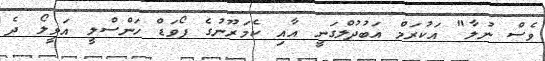
ވެސް ނުލާ" އަކުރަމް އަބުދުލްގަނީ އާއި ކެމަރޫނުގެ ފޯވަޑް ހަންސްލީ އަވީލޯ ދެ